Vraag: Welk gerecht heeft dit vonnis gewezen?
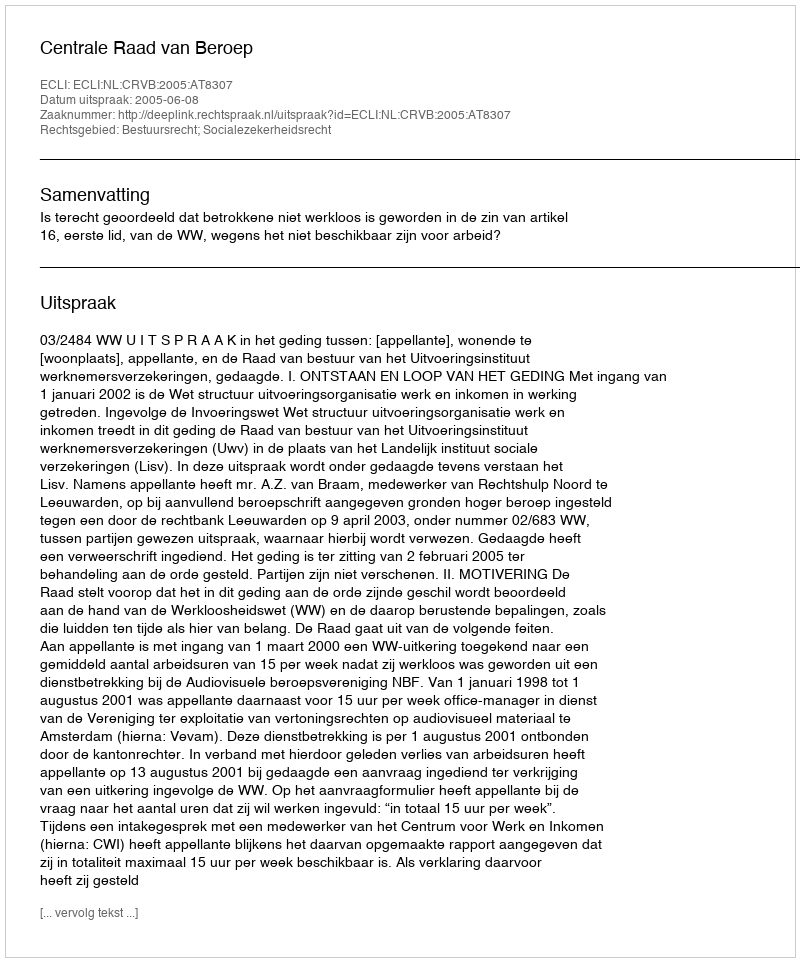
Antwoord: Centrale Raad van Beroep